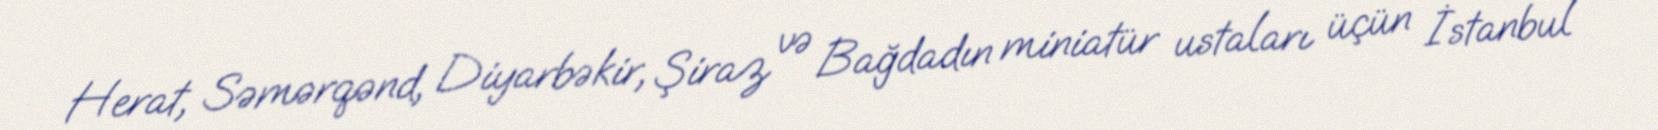
Herat, Səmərqənd, Diyarbəkir, Şiraz və Bağdadın miniatür ustaları üçün İstanbul